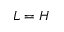
L = H